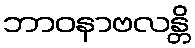
ဘာဝနာဗလန္တိ